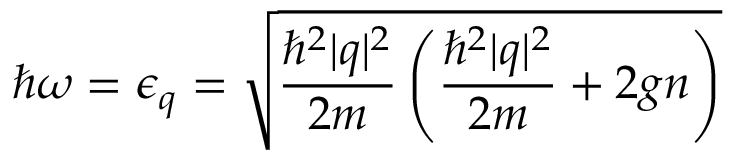
\hbar \omega = \epsilon _ { \boldsymbol { q } } = { \sqrt { { \frac { \hbar ^ { 2 } | { \boldsymbol { q } } | ^ { 2 } } { 2 m } } \left( { \frac { \hbar ^ { 2 } | { \boldsymbol { q } } | ^ { 2 } } { 2 m } } + 2 g n \right) } }